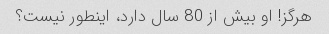
هرگز! او بیش از 80 سال دارد، اینطور نیست؟